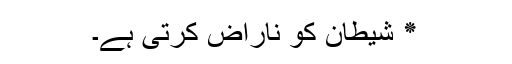
٭ شیطان کو ناراض کرتی ہے۔